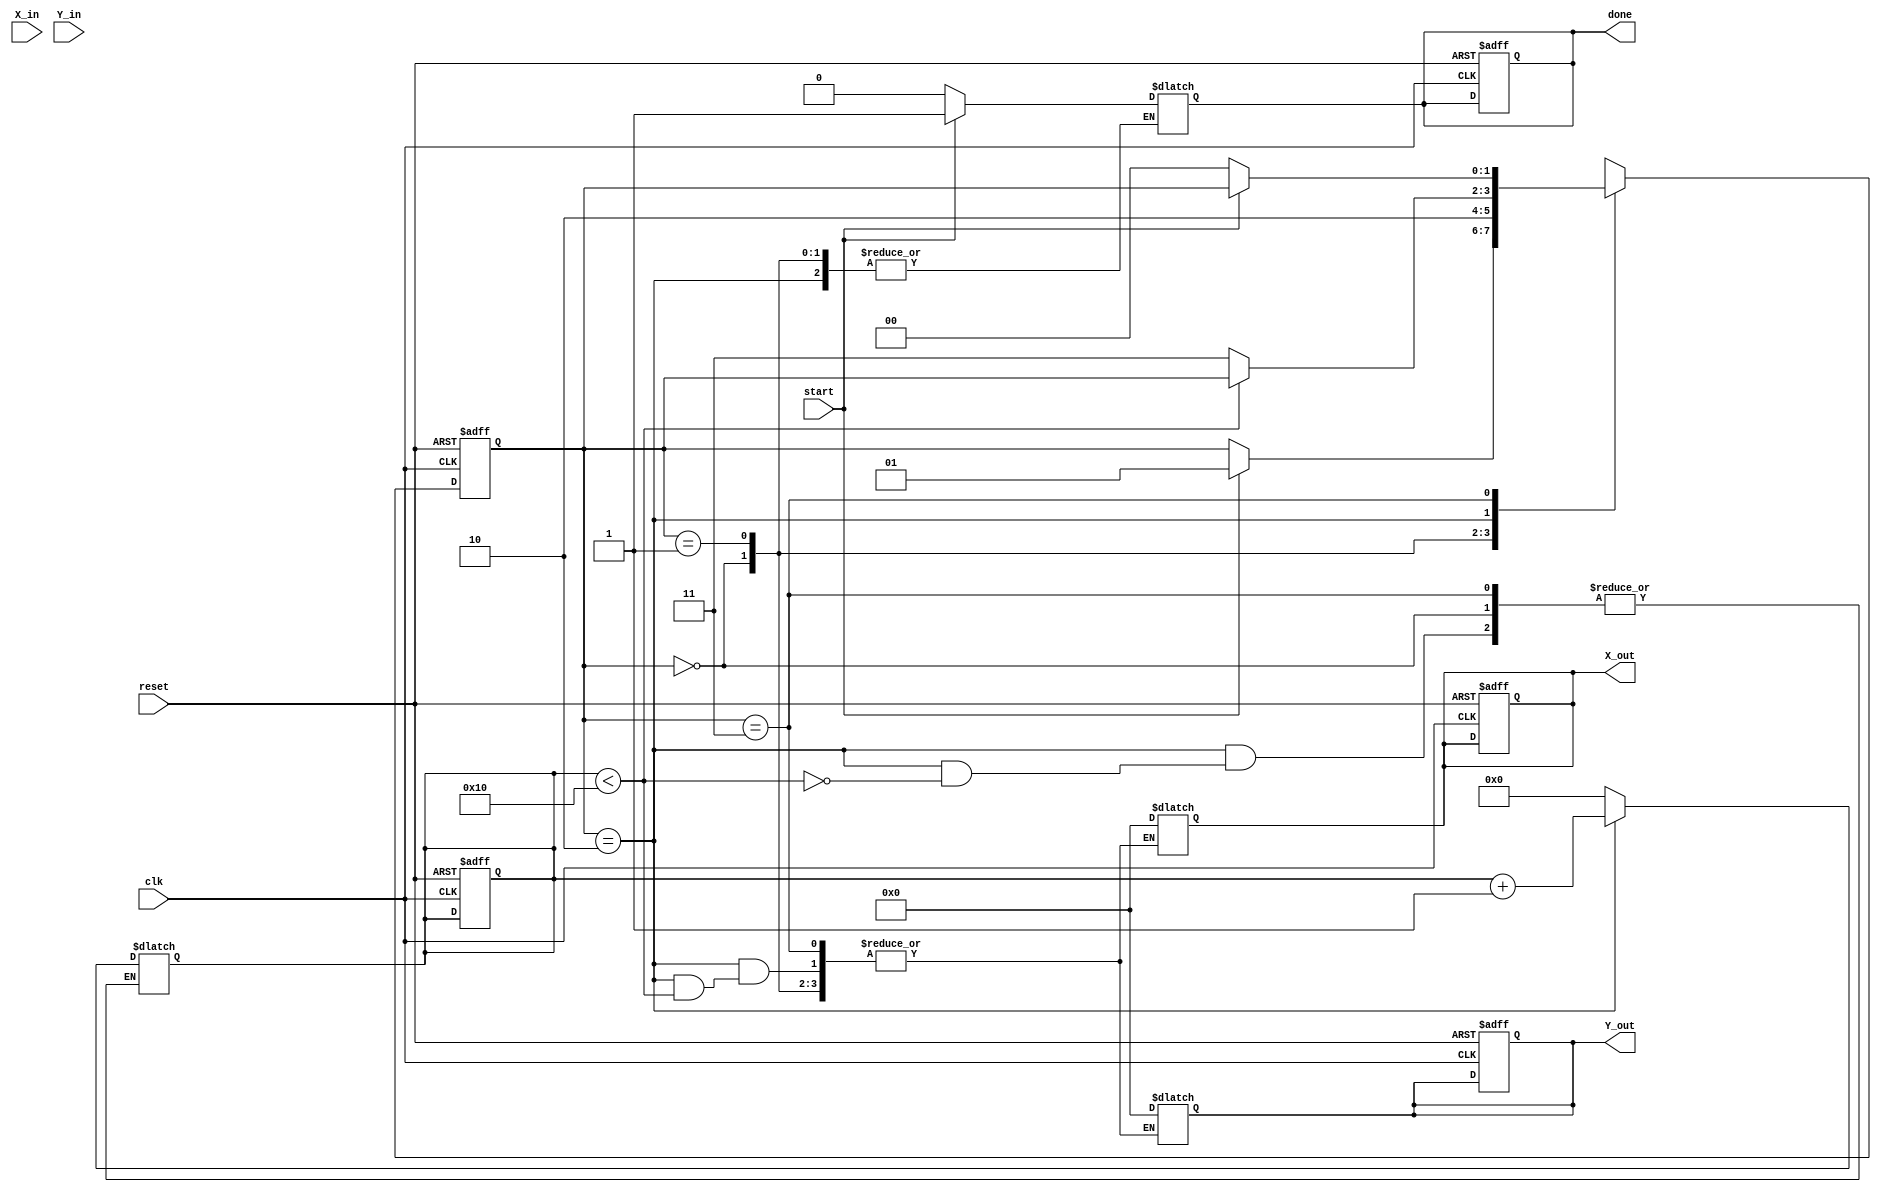
module Complex_CORDIC #(
    parameter DATA_WIDTH = 16, // Width of input/output data
    parameter ITERATIONS = 16  // Number of iterations
)(
    input wire clk,
    input wire reset,
    input wire start,
    input wire signed [DATA_WIDTH-1:0] X_in, // Real part of input
    input wire signed [DATA_WIDTH-1:0] Y_in, // Imaginary part of input
    output reg signed [DATA_WIDTH-1:0] X_out, // Real part of output
    output reg signed [DATA_WIDTH-1:0] Y_out, // Imaginary part of output
    output reg done // Indicates computation completion
);

    reg signed [DATA_WIDTH-1:0] X [0:ITERATIONS-1]; // X registers
    reg signed [DATA_WIDTH-1:0] Y [0:ITERATIONS-1]; // Y registers
    reg [4:0] angle_LT [0:ITERATIONS-1]; // LUT for arctangent values
    reg [4:0] iteration; // Iteration counter
    reg dir; // Direction of rotation: 0 for clockwise, 1 for counterclockwise

    // Scale factor (Fixed-point representation)
    localparam SCALE_FACTOR = 16'h26DD; // Scaling factor (K) for 16 iterations friendly
            
    initial begin
        // Initializing the angle lookup table (fixed-point values), adjust as needed
        angle_LT[0] = 0;
        angle_LT[1] = 5'd1;    // atan(1) in scaled representation
        angle_LT[2] = 5'd2;    // atan(0.5)
        angle_LT[3] = 5'd3;    // atan(0.25)
        // Add further values based on the iterations needed
    end

    // State declarations
    localparam IDLE = 2'b00, INIT = 2'b01, CALC = 2'b10, DONE = 2'b11;
    reg [1:0] state, next_state;

    // State update and computation
    always @(posedge clk or posedge reset) begin
        if (reset) begin
            state <= IDLE;
            done <= 0;
            iteration <= 0;
            X_out <= 0;
            Y_out <= 0;
        end else begin
            state <= next_state;
        end
    end

    // Next state logic
    always @(*) begin
        next_state = state;
        case (state)
            IDLE: begin
                if (start) begin
                    next_state = INIT;
                end
            end
            INIT: begin
                X[0] = X_in;
                Y[0] = Y_in;
                iteration = 0;
                next_state = CALC;
            end
            CALC: begin
                if (iteration < ITERATIONS) begin
                    // Determine rotation direction
                    if (Y[iteration] < 0) begin
                        dir = 0; // Clockwise
                    end else begin
                        dir = 1; // Counterclockwise
                    end
                    
                    // Perform CORDIC rotation
                    if (dir) begin
                        // Counterclockwise
                        X[iteration + 1] = X[iteration] - (Y[iteration] >>> iteration);
                        Y[iteration + 1] = Y[iteration] + (X[iteration] >>> iteration);
                    end else begin
                        // Clockwise
                        X[iteration + 1] = X[iteration] + (Y[iteration] >>> iteration);
                        Y[iteration + 1] = Y[iteration] - (X[iteration] >>> iteration);
                    end

                    // Increment iteration
                    iteration = iteration + 1;
                end else begin
                    // Scaling output
                    X_out = X[ITERATIONS];
                    Y_out = Y[ITERATIONS];
                    X_out = X_out * SCALE_FACTOR >>> 16;
                    Y_out = Y_out * SCALE_FACTOR >>> 16;

                    next_state = DONE;
                end
            end
            DONE: begin
                done = 1;
                if (!start) begin
                    next_state = IDLE;
                    done = 0;
                end
            end
        endcase
    end
endmodule